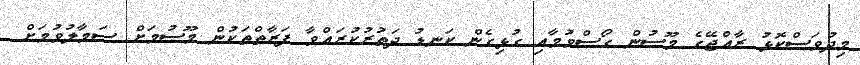
މިދުވަސްކޮޅު ރާއްޖޭގެ މޫސުން ގޯސްވުމާއި ގުޅިގެން ކަނޑު ދަތުރުކުރައްވާ ފަރާތްތަކުން މޫސުމަށް ސަމާލުވުމަށް